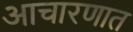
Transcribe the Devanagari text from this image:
आचारणात